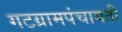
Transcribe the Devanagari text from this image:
गटग्रामपंचायती